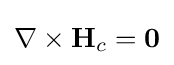
\nabla \times {\textbf {H}}_{c}={\textbf {0}}